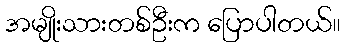
အမျိုးသားတစ်ဦးက ပြောပါတယ်။